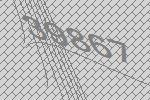
39867